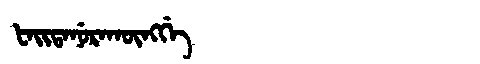
Manchu: ᡶᠠᡳᡨᠠᠨᡠᡵᠠᡴᡡᠩᡤᡝ
Romanization: FAITANURAKŪNGGE